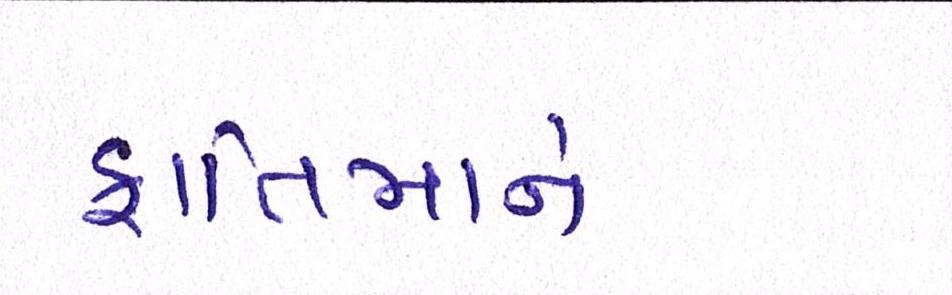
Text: ફાતિમાને